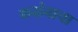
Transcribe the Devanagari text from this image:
कळंबाचा